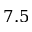
7 . 5